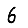
Digit: 6